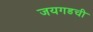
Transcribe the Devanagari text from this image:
जयगडची